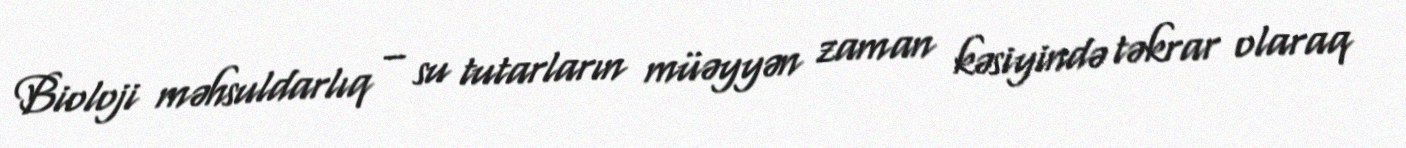
Bioloji məhsuldarlıq – su tutarların müəyyən zaman kəsiyində təkrar olaraq